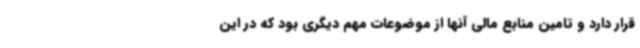
قرار دارد و تامین منابع مالی آنها از موضوعات مهم دیگری بود که در این